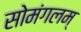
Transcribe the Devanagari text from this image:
सोमंगलम्